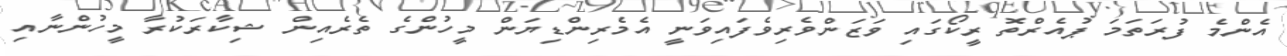
އެންމެ ފުރަތަމަ ޕުއެރްތޮ ރީކޯގައި ވަޒަންވެރިވެފައިވަނީ އެމެރިންޑިޔަން މީހުންގެ ތެރެއިން ޝިކާރަކުރާ މީހުންނާއި